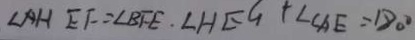
\angle A H E F = \angle B F E \cdot \angle H E G + \angle C A E = 1 8 0 ^ { \circ }